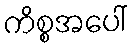
ကိစ္စအပေါ်